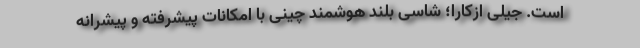
است. جیلی ازکارا؛ شاسی بلند هوشمند چینی با امکانات پیشرفته و پیشرانه